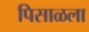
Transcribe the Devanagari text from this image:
पिसाळला